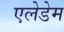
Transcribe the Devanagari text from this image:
एलेडेम